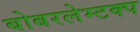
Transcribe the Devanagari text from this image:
बोबरलेम्टक्प